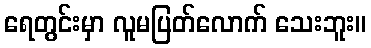
ရေတွင်းမှာ လူမပြတ်လောက် သေးဘူး။